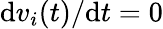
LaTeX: \mathrm{d}v_{i}(t)/\mathrm{d}t=0